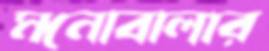
মনোবালার